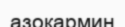
азокармин